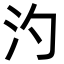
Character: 汋